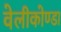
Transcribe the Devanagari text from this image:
वेलीकोण्डा